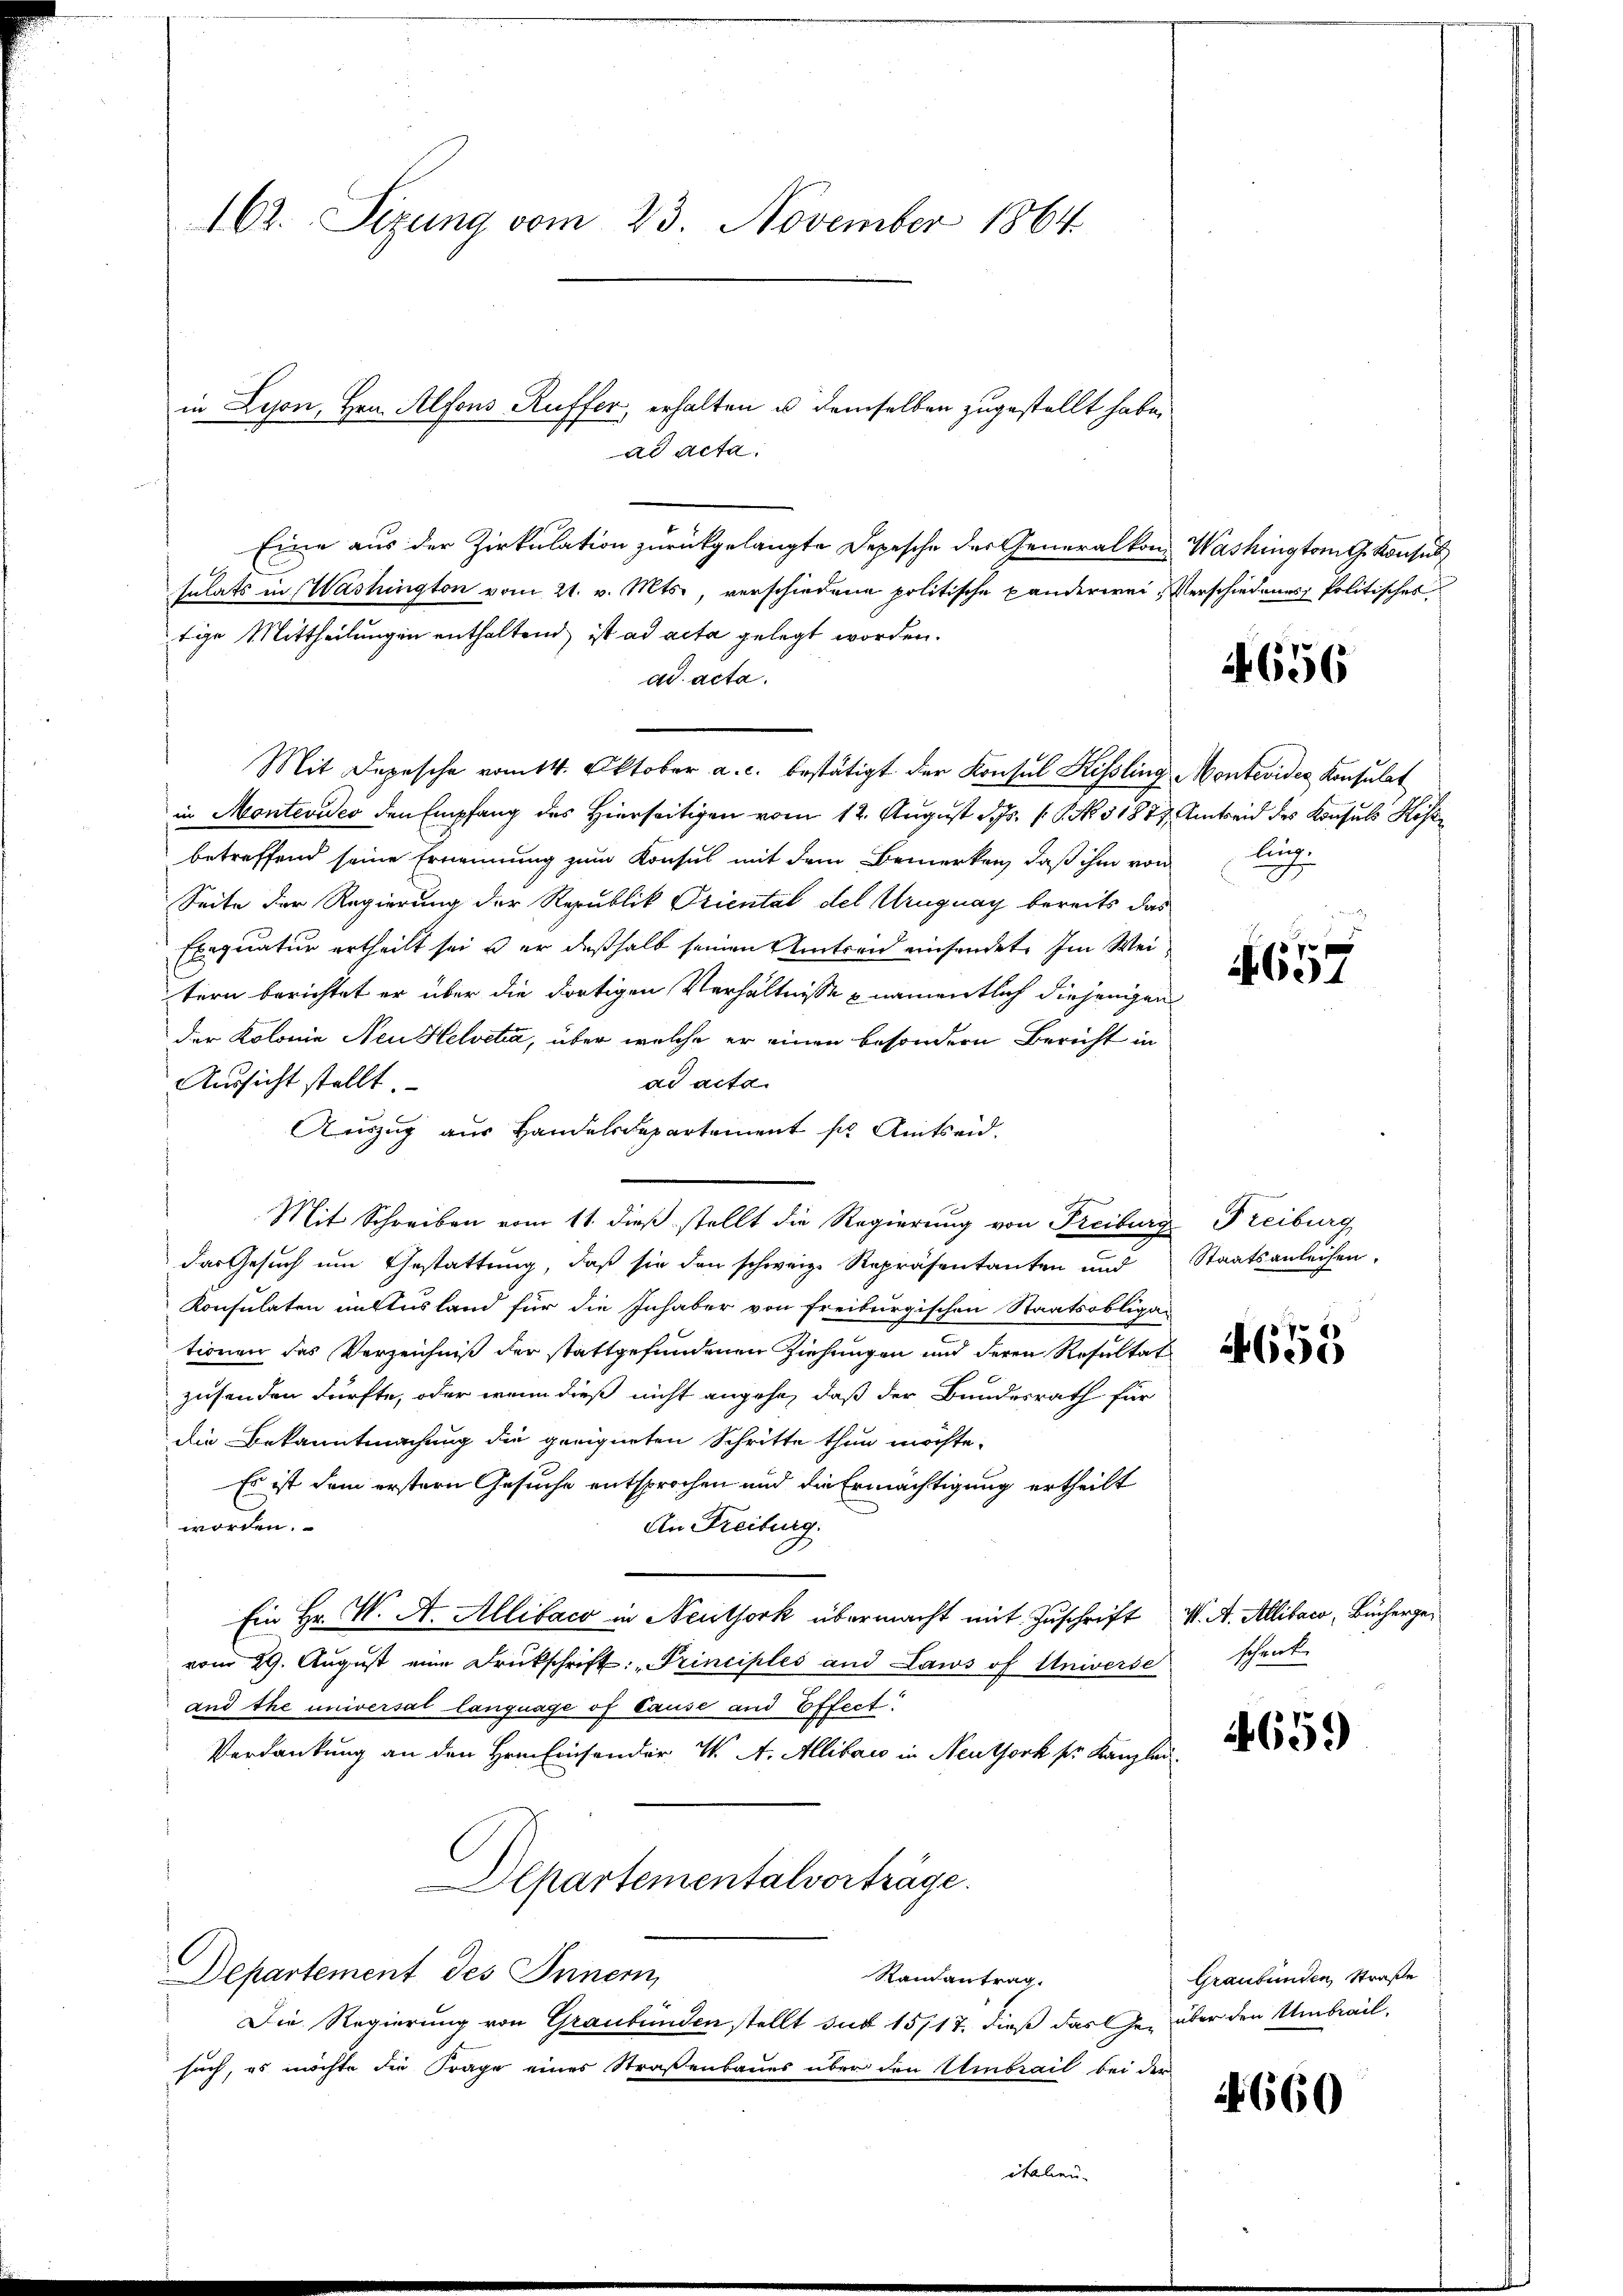
162. Sizung vom 23. November 1864

Eine aus der Zirkulation zurückgelangte Depesche der Generalkon Washington G. Konsul
sulats in Washington vom 21. v. Mts., verschiedene politische Banderwei Verschiedenes Politisches
tige Mittheilungen enthaltend, ist ad acta gelegt worden.
ad acta.
Mit Depesche vom 14. Oktober a. c. bestätigt der Konsul Kissling Montevider Konsulat
in Montevideo den Empfang des Hierseitigen vom 12. August Hr. P. Nr. 31877, Amtseid des Konsuls Kos
betreffend seine Ernennung zum Konsul mit dem Bemerken, daß ihm von auch
Seite der Regierung der Republik Priental del Uruguay bereits das
Exequatur ertheilt sei, u. er deßhalb seinen Amtsend einsendet. Im Weitern berichtet er über die dortigen Verhältnisse & namentlich diejenigen
der Kolonie Neu Helvetia, über welche er einen besondern Bericht in
ad acta.
Aussicht stellt.
Auszug aus Handelsdepartement sie Amtseid.
Mit Schreiben vom 11. dieß stellt die Regierung von Freiburg Freiburg
das Gesŭch ŭm Gestattŭng, daβ sie den schweiz. Repräsentanten und Staatsanleihen.
Konsulaten unsausland für die Inhaber von Freiburgischen Staatsobliga-
tionen das Verzeichniß der stattgefundenen Ziehungen und deren Resultat a
zusenden dürfte, oder wenn dieß nicht angehe, daß der Bundesrath für
die Bekanntmachung die geeigneten Schritte thun möchte.
Es ist dem erstern Gesuche entsprochen und die Ermächtigung ertheilt
worden.
An Freiburg.
Ein Hr. W. A. Allifaco in Neuthork übermacht mit Zuschrift v. A. Allibaco, Büchergevom 29. Aŭgŭst eine Drukschrift: „Principles and Laws of Universe schenk
and the universal language of tause und Effect
Verdankung an den Hrn. Einsonder W. A. Allibau in Neuthork pr. Kanzlei-
Alpartementalvorträge.
Departement des Innern,
Randantrag.
Die Regierung von Graubünden stellt sub 15/17, dieß das er über den Umbailsuch, es möchte die Frage eines Straßenbaues über den Umbrail bei der
4660

in Lyon, Hrn. Alfons Ruffer, erhalten u demselben zugestellt habe,
ad Acta.

italien

1656

4657

4659

Graubünden Straße